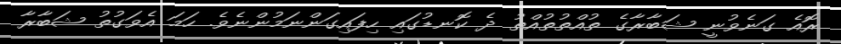
ރޮއެ ގަނެވުނީ ޝަބާރާގެ ތުއްތުތުއްތު ދެ ކޮނޑުގައި ހިފައިގަންނަމުންނެވެ. ހަމަ އެވަގުތު ޝަބާރާ